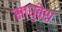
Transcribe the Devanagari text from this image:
साधुवेश